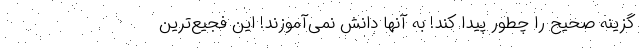
گزینه صحیح را چطور پیدا کند! به آنها دانش نمی‌آموزند! این فجیع‌ترین